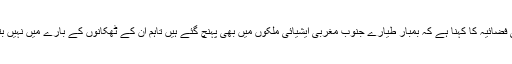
امریکی فضائیہ کا کہنا ہے کہ بمبار طیارے جنوب مغربی ایشیائی ملکوں میں بھی پہنچ گئے ہیں تاہم ان کے ٹھکانوں کے بارے میں نہیں بتایا گیا۔